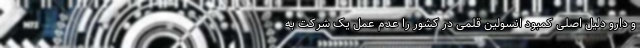
و دارو دلیل اصلی کمبود انسولین قلمی در کشور را عدم عمل یک شرکت به